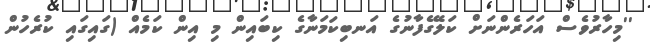
''މިހާރުވެސް އަހަރެންނަށް ކަލޭގެފާނުގެ އަނބިކަމަނާގެ ކިބައިން މި އިން ކަމެއް (ގައިގައި ކުރެހުން